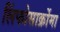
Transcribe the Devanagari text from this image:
लिंफोसार्क्रोमा